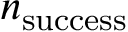
n _ { \mathrm { s u c c e s s } }